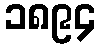
၁၈၉၄